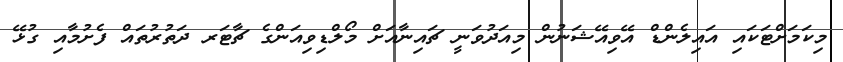
މިކަމަށްޓަކައި އައިލެންޑް އޭވިއޭޝަނުން މިއަދުވަނީ ޗައިނާއަށް މޯލްޑިވިއަންގެ ޗާޓަރ ދަތުރުތައް ފެށުމާއި ގުޅޭ